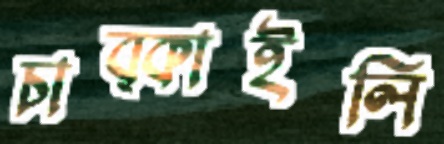
চাব্‌কাইলি